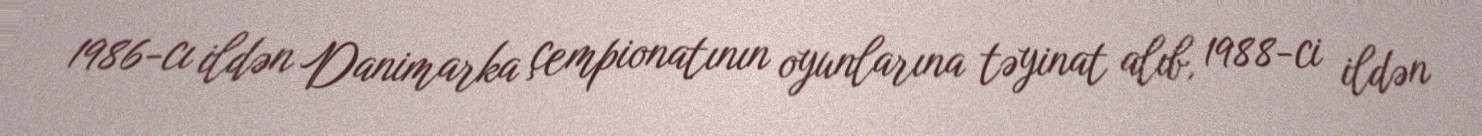
1986-cı ildən Danimarka çempionatının oyunlarına təyinat alıb, 1988-ci ildən